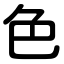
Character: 色